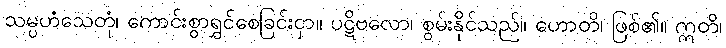
သမ္ပဟံသေတုံ၊ ကောင်းစွာရွှင်စေခြင်းငှာ။ ပဋိဗလော၊ စွမ်းနိုင်သည်။ ဟောတိ၊ ဖြစ်၏။ ဣတိ၊